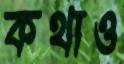
কথাও